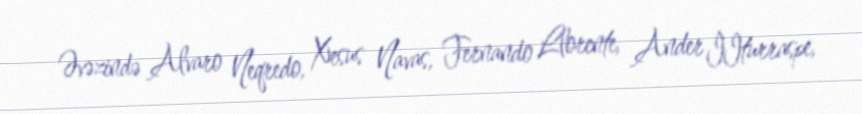
Əvəzində Alvaro Neqredo, Xesus Navas, Fernando Llorente, Ander İIturraspe,